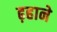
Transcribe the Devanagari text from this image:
ढ़हाने